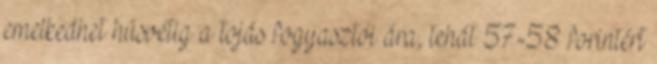
emelkedhet húsvétig a tojás fogyasztói ára, tehát 57-58 forintért